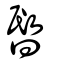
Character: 暋